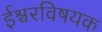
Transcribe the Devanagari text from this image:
ईश्वरविषयक